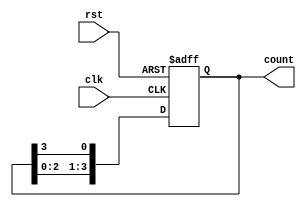
module ring_counter (
    input wire clk,          // Clock input
    input wire rst,          // Asynchronous reset input
    output reg [3:0] count   // 4-bit output representing the state of the ring counter
);

// Synchronous ring counter logic
always @(posedge clk or posedge rst) begin
    if (rst) begin
        // Asynchronous reset: Set the first flip-flop to 1, others to 0
        count <= 4'b0001;   // Initial state: 0001
    end else begin
        // Shift the 1 to the next flip-flop in the ring
        count <= {count[2:0], count[3]};
    end
end

endmodule